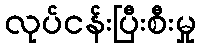
လုပ်ငန်းပြီးစီးမှု